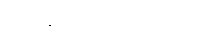
အခန်း၌လည်း ပြခဲ့ပြီ။)